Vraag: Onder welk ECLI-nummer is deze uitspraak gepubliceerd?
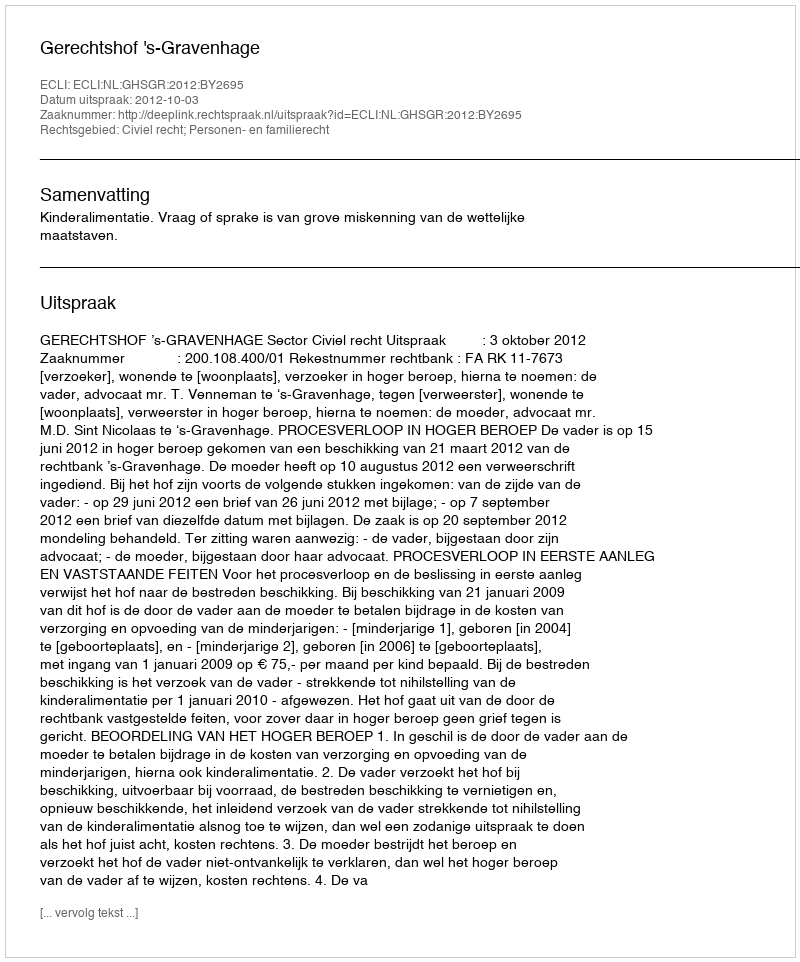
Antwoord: ECLI:NL:GHSGR:2012:BY2695